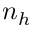
n _ { h }